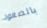
بالصعود